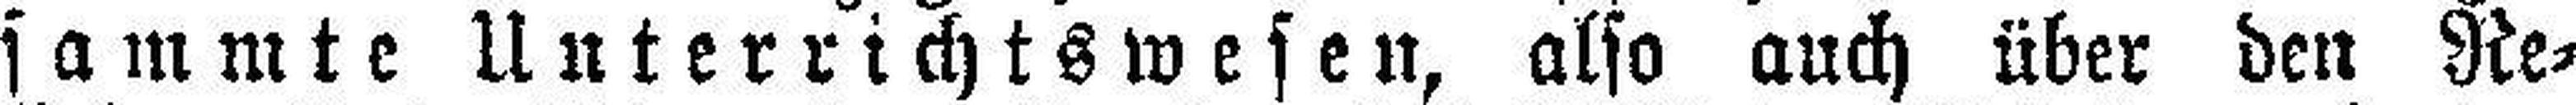
sammte Unterrichtswesen, also auch über den Re¬